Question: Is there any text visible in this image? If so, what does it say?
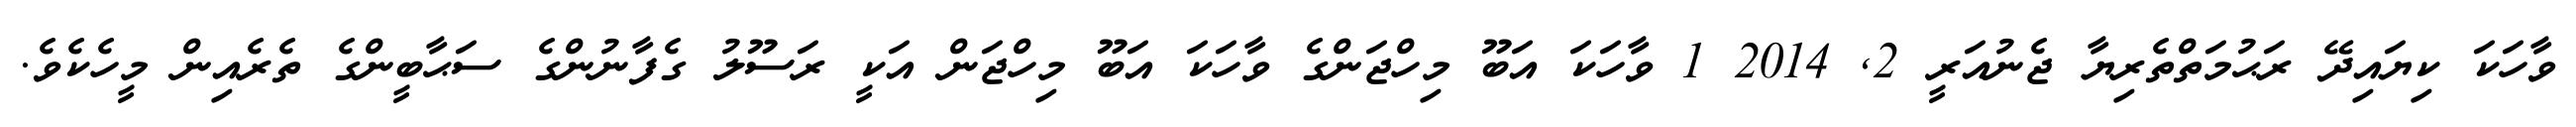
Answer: ވާހަކަ ކިޔައިދޭ ރަޙުމަތްތެރިޔާ ޖެނުއަރީ 2, 2014 1 ވާހަކަ އަބޫ މިހްޖަންގެ ވާހަކަ އަބޫ މިހްޖަން އަކީ ރަސޫލު ގެފާނުންގެ ސަޙާބީންގެ ތެރެއިން މީހެކެވެ.